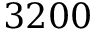
3 2 0 0